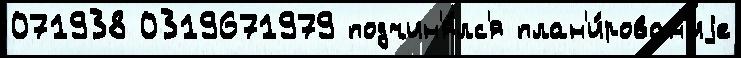
071938 0319671979 подчин'я́лс'я план'и́рован'иjе